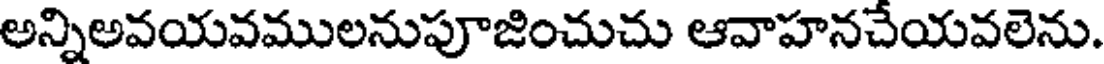
అన్నిఅవయవములనుపూజించుచు ఆవాహనచేయవలెను.